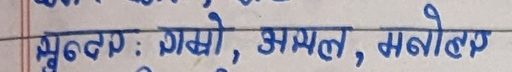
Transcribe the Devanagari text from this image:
मून्ठप : गम्भो, अमल, मनोहो